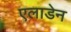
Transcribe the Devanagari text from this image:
एलाडेन